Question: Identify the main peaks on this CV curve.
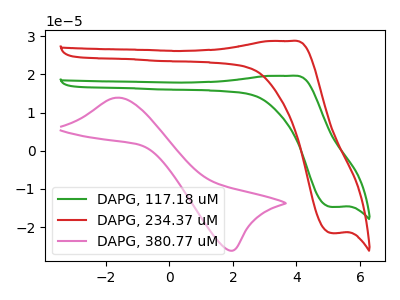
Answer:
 <answer>The green curve "DAPG, 117.18 uM" has an anodic peak at (3.80V, 19.65uA) and a cathodic peak at (5.10V, -14.75uA). The red curve "DAPG, 234.37 uM" has an anodic peak at (3.80V, 28.75uA) and a cathodic peak at (5.10V, -21.60uA). The pink curve "DAPG, 380.77 uM" has an anodic peak at (-1.65V, 13.90uA) and a cathodic peak at (2.00V, -26.15uA).</answer>
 <eval></eval>